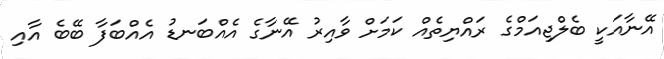
އޭނާއަކީ ބެލްޖިއަމްގެ ރައްޔިތެއް ކަމަށް ވާއިރު އޭނާގެ އެއްބަނޑު އެއްބަފާ ބޭބެ އާއި